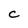
Character: C